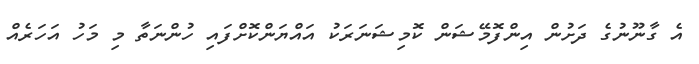
އެ ގާނޫނުގެ ދަށުން އިންފޮމޭޝަން ކޮމިޝަނަރަކު އައްޔަންކޮށްފައި ހުންނަތާ މި މަހު އަހަރެއް